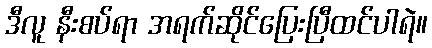
ဒီလူ နီးစပ်ရာ အရက်ဆိုင်ပြေးပြီထင်ပါရဲ။